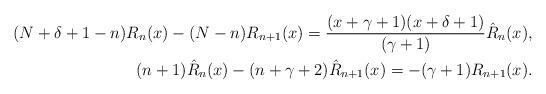
LaTeX: \begin{align*} (N+\delta+1-n)R_{n}(x)-(N-n) R_{n+1}(x) =\frac{(x+\gamma+1)(x+\delta+1)}{(\gamma+1)} \hat R_n(x),\\ (n+1) \hat R_n(x)- (n+\gamma+2) \hat R_{n+1}(x) = -(\gamma+1) R_{n+1}(x).\end{align*}